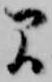
間